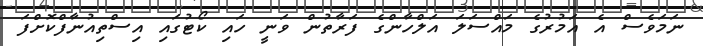
ނަމަވެސް އެ އަމުރުގެ މައްސަލަ އަލްހާންގެ ފަރާތުން ވަނީ ހައި ކޯޓުގައި އިސްތިއުނާފްކޮށްފަ